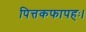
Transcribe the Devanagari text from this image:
पित्तकफापहः।